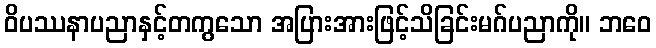
ဝိပဿနာပညာနှင့်တကွသော အပြားအားဖြင့်သိခြင်းမဂ်ပညာကို။ ဘဝေ